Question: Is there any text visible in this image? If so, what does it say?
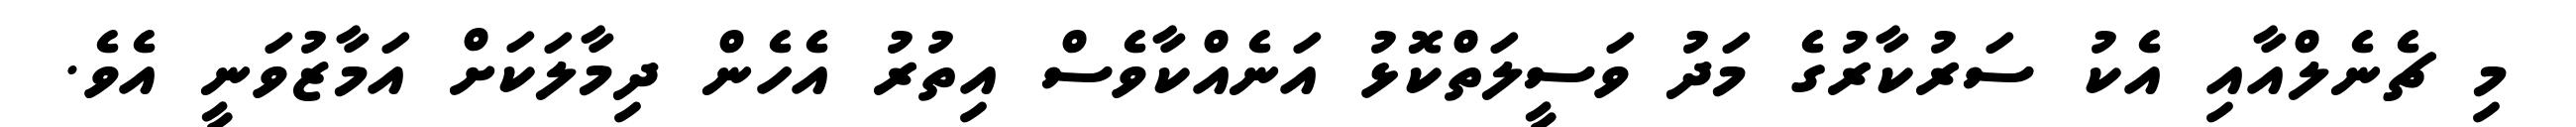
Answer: މި ޗެނެލްއާއި އެކު ސަރުކާރުގެ މަދު ވަސީލަތްކޮޅު އަނެއްކާވެސް އިތުރު އެހެން ދިމާލަކަށް އަމާޒުވަނީ އެވެ.